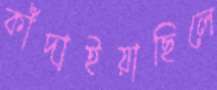
কাঁদাইয়াছিলে